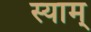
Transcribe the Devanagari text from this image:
स्याम्‌